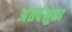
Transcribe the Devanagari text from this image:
अंतर्पशुका